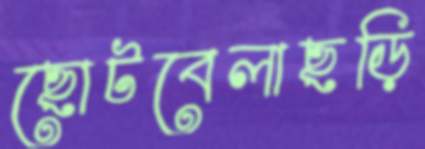
ছোটবেলাছড়ি